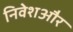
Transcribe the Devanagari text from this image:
निवेशऔर